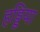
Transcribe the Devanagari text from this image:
हड्डिया